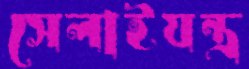
সেলাইযন্ত্র